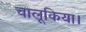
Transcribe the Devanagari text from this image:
चालूकिया।